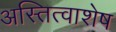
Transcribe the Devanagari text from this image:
अस्तित्वाशेष